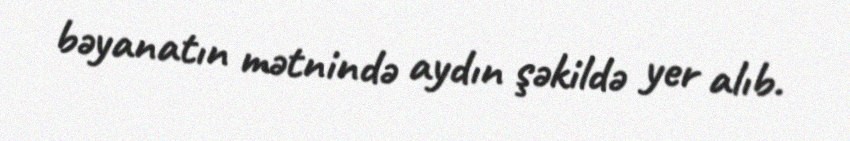
bəyanatın mətnində aydın şəkildə yer alıb.